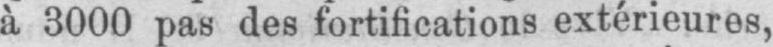
à 3000 pas des fortifications extérieures,